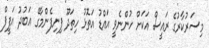
މިސަރުކާރުގެ ރައީސް އަކަށް ހުންނެވީ އައްޑު އަތޮޅު ހިތަދޫ ފިނިފެންމާގޭ ޢަބުދު އަފީފް